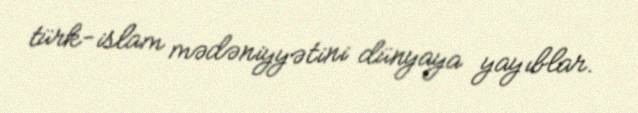
türk-islam mədəniyyətini dünyaya yayıblar.